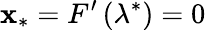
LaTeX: \mathbf{x}_{*}=F^{\prime}\left(\lambda^{*}\right)=0